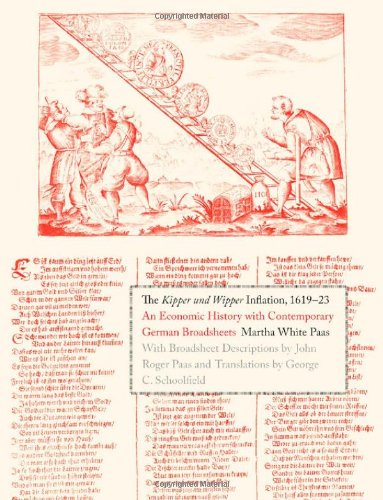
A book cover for The Kipper und Wipper Inflation, 1619-23: An Economic History with Contemporary German Broadsheets (Yale Series in Economic and Financial History); Prof. Martha White Paas; Business & Money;